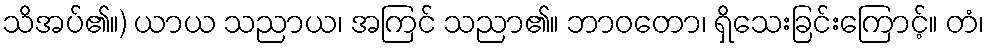
သိအပ်၏။) ယာယ သညာယ၊ အကြင် သညာ၏။ ဘာဝတော၊ ရှိသေးခြင်းကြောင့်။ တံ၊